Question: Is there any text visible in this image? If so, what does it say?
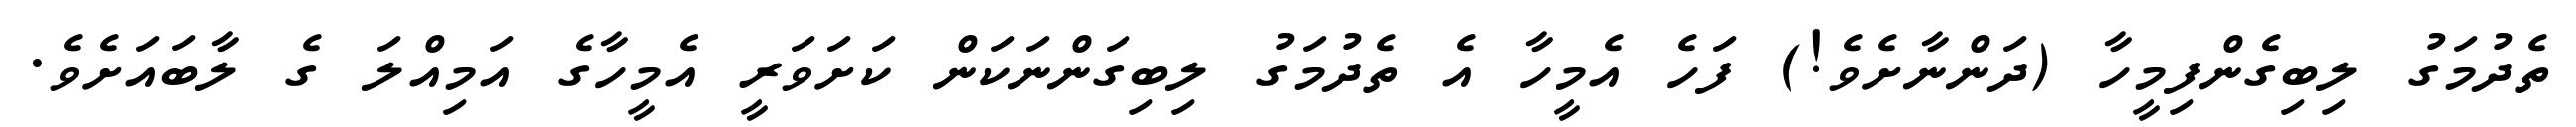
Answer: ތެދުމަގު ލިބިގެންފިމީހާ (ދަންނާށެވެ!) ފަހެ އެމީހާ އެ ތެދުމަގު ލިބިގަންނަކަން ކަށަވަރީ އެމީހާގެ އަމިއްލަ ގެ ލާބައަށެވެ.